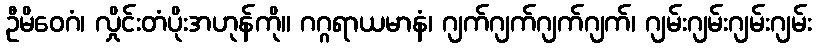
ဦမိဝေဂံ၊ လှိုင်းတံပိုးအဟုန်ကို။ ဂဂ္ဂရာယမာနံ၊ ဂျက်ဂျက်ဂျက်ဂျက်၊ ဂျမ်းဂျမ်းဂျမ်းဂျမ်း